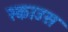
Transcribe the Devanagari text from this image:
स्काउस